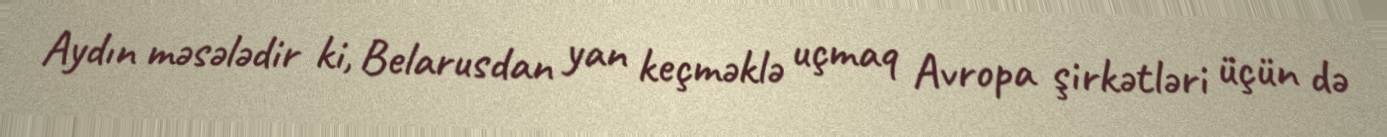
Aydın məsələdir ki, Belarusdan yan keçməklə uçmaq Avropa şirkətləri üçün də